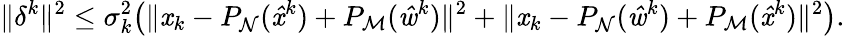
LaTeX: \| \delta^{k}\| ^{2}\leq\sigma_{k}^{2}\big(\| \mathit{x}_{k}-P_{\mathrm{{\mathcal{{N}}}}}(\mathit{{\hat{{\mathit{x}}}}}^{k})+P_{\mathrm{{\mathcal{{M}}}}}(\mathit{{\hat{{w}}}}^{k})\| ^{2}+\| \mathit{x}_{k}-P_{\mathrm{{\mathcal{{N}}}}}(\mathit{{\hat{{w}}}}^{k})+P_{\mathrm{{\mathcal{{M}}}}}(\mathit{{\hat{{\mathit{x}}}}}^{k})\| ^{2}\big).